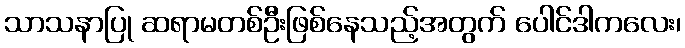
သာသနာပြု ဆရာမတစ်ဦးဖြစ်နေသည့်အတွက် ပေါင်ဒါကလေး၊